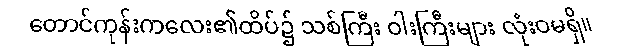
တောင်ကုန်းကလေး၏ထိပ်၌ သစ်ကြီး ဝါးကြီးများ လုံးဝမရှိ။